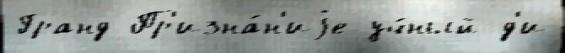
Гранд Пр'изна́н'иjе уч́ный д'и